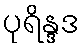
ပုရိန္ဒဒ